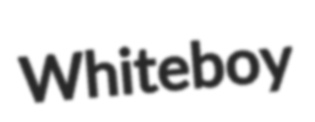
Whiteboy